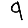
Digit: 9